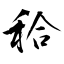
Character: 秴